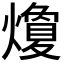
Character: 𭶛